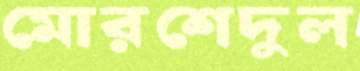
মোরশেদুল